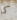
كما